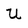
Character: u